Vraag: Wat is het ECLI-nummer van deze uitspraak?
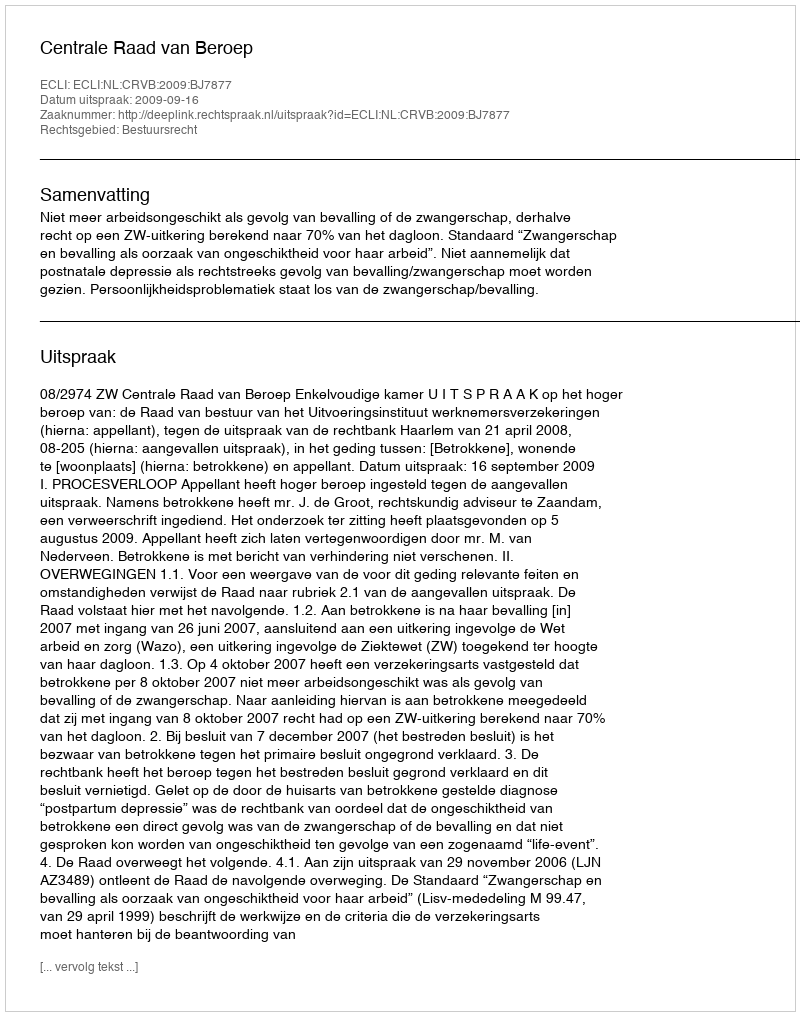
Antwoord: ECLI:NL:CRVB:2009:BJ7877